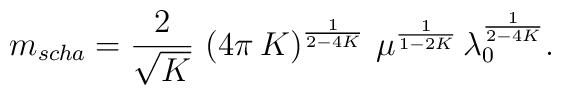
m_{scha}=\frac{2}{\sqrt{K}}\,\left(4\pi\,K\right)^{\frac{1}{2-4K}}\,\mu^{\frac{1}{1-2K}}\,\lambda_{0}^{\frac{1}{2-4K}}.